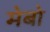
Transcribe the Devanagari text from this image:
मेबो